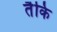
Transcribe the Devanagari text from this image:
तैकि